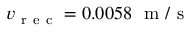
v _ { \mathrm { ~ r ~ e ~ c ~ } } = 0 . 0 0 5 8 ~ \mathrm { ~ m ~ / ~ s ~ }